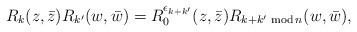
\begin{align*}{R}_k(z,\bar z){R}_{k^\prime}(w,\bar w)={R}_0^{\epsilon_{k+k^\prime}}(z,\bar z){R}_{k+k^\prime \,\, {\rm mod} \, n}(w,\bar w),\end{align*}